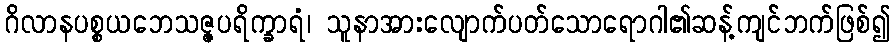
ဂိလာနပစ္စယဘေသဇ္ဇပရိက္ခာရံ၊ သူနာအားလျောက်ပတ်သောရောဂါ၏ဆန့်ကျင်ဘက်ဖြစ်၍